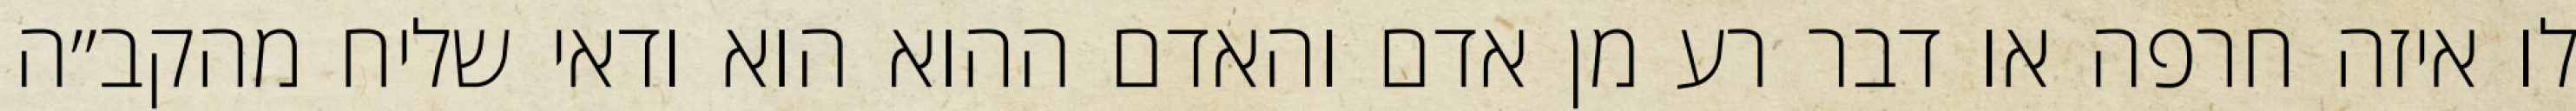
לו איזה חרפה או דבר רע מן אדם והאדם ההוא הוא ודאי שליח מהקב״ה